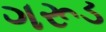
ગરૂડ